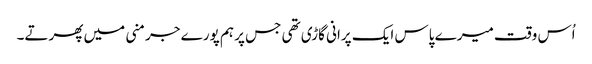
اُس وقت میرے پاس ایک پرانی گاڑی تھی جس پر ہم پورے جرمنی میں پھرتے۔